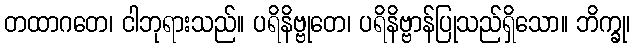
တထာဂတေ၊ ငါဘုရားသည်။ ပရိနိဗ္ဗုတေ၊ ပရိနိဗ္ဗာန်ပြုသည်ရှိသော။ ဘိက္ခု၊